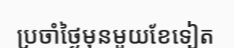
ប្រចាំថ្ងៃមុនមួយខែទៀត